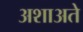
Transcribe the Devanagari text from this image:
अशाअते